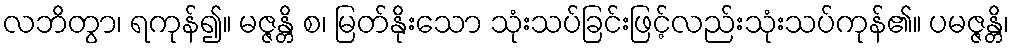
လဘိတွာ၊ ရကုန်၍။ မဇ္ဇန္တိ စ၊ မြတ်နိုးသော သုံးသပ်ခြင်းဖြင့်လည်းသုံးသပ်ကုန်၏။ ပမဇ္ဇန္တိ၊